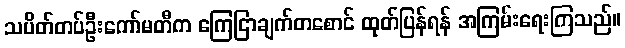
သပိတ်တပ်ဦးကော်မတီက ကြေငြာချက်တစောင် ထုတ်ပြန်ရန် အကြမ်းရေးကြသည်။